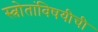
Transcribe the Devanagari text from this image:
स्त्रोतांविषयीची